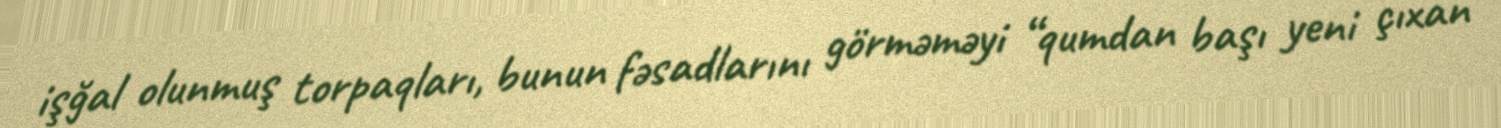
işğal olunmuş torpaqları, bunun fəsadlarını görməməyi “qumdan başı yeni çıxan